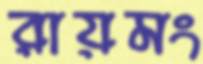
রায়মং